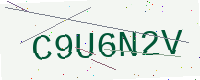
Text: C9U6N2V